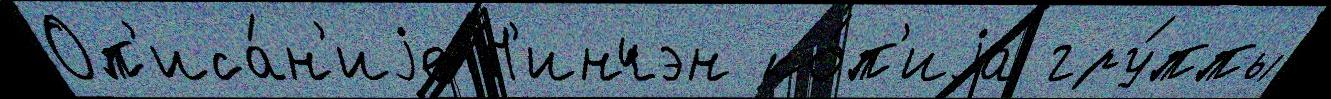
Оп'иса́н'иjе Н'инчэн ко́п'иjа гру́ппы